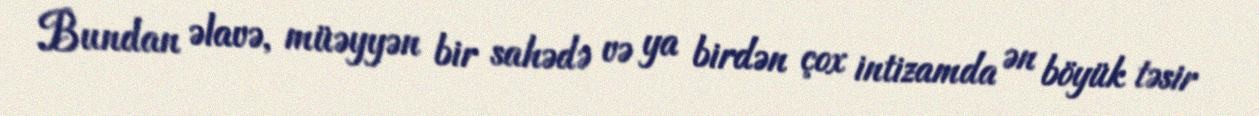
Bundan əlavə, müəyyən bir sahədə və ya birdən çox intizamda ən böyük təsir